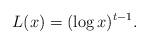
LaTeX: \begin{align*}L(x) = (\log x)^{t-1}. \end{align*}